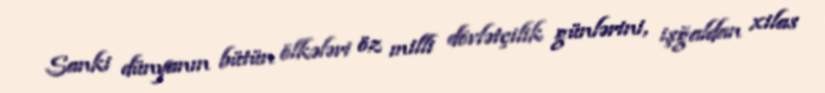
Sanki dünyanın bütün ölkələri öz milli dövlətçilik günlərini, işğaldan xilas